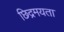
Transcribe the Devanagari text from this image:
छिद्रमयता